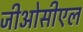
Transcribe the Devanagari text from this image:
जीओसीएल